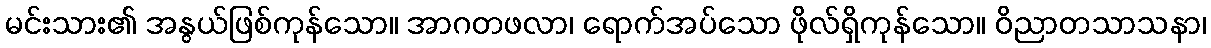
မင်းသား၏ အနွယ်ဖြစ်ကုန်သော။ အာဂတဖလာ၊ ရောက်အပ်သော ဖိုလ်ရှိကုန်သော။ ဝိညာတသာသနာ၊